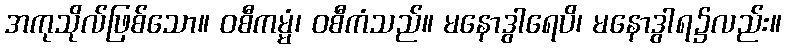
အကုသိုလ်ဖြစ်သော။ ဝစီကမ္မံ၊ ဝစီကံသည်။ မနောဒွါရေပိ၊ မနောဒွါရ၌လည်း။